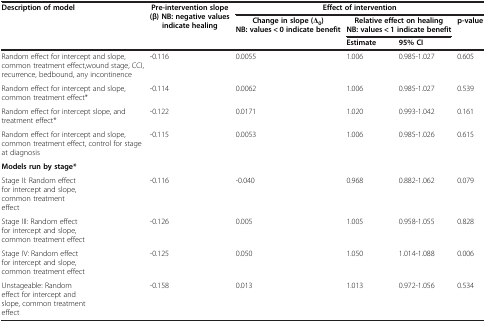
<table><thead><tr><td><b>Description of model</b></td><td><b>Pre-intervention slope (β) NB: negative values indicate healing</b></td><td colspan="4"><b>Effect of intervention</b></td></tr><tr><td><b> </b></td><td><b> </b></td><td><b>Change in slope (Δ<sub>0</sub>) NB: values &lt; 0 indicate benefit</b></td><td colspan="2"><b>Relative effect on healing NB: values &lt; 1 indicate benefit</b></td><td><b>p-value</b></td></tr><tr><td><b> </b></td><td><b> </b></td><td><b> </b></td><td><b>Estimate</b></td><td><b>95% CI</b></td><td><b> </b></td></tr></thead><tbody><tr><td>Random effect for intercept and slope, common treatment effect,wound stage, CCI, recurrence, bedbound, any incontinence</td><td>-0.116</td><td>0.0055</td><td>1.006</td><td>0.985-1.027</td><td>0.605</td></tr><tr><td>Random effect for intercept and slope, common treatment effect*</td><td>-0.114</td><td>0.0062</td><td>1.006</td><td>0.985-1.027</td><td>0.539</td></tr><tr><td>Random effect for intercept slope, and treatment effect*</td><td>-0.122</td><td>0.0171</td><td>1.020</td><td>0.993-1.042</td><td>0.161</td></tr><tr><td>Random effect for intercept and slope, common treatment effect, control for stage at diagnosis</td><td>-0.115</td><td>0.0053</td><td>1.006</td><td>0.985-1.026</td><td>0.615</td></tr><tr><td><b>Models run by stage*</b></td><td> </td><td> </td><td> </td><td> </td><td> </td></tr><tr><td>Stage II: Random effect for intercept and slope, common treatment effect</td><td>-0.116</td><td>-0.040</td><td>0.968</td><td>0.882-1.062</td><td>0.079</td></tr><tr><td>Stage III: Random effect for intercept and slope, common treatment effect</td><td>-0.126</td><td>0.005</td><td>1.005</td><td>0.958-1.055</td><td>0.828</td></tr><tr><td>Stage IV: Random effect for intercept and slope, common treatment effect</td><td>-0.125</td><td>0.050</td><td>1.050</td><td>1.014-1.088</td><td>0.006</td></tr><tr><td>Unstageable: Random effect for intercept and slope, common treatment effect</td><td>-0.158</td><td>0.013</td><td>1.013</td><td>0.972-1.056</td><td>0.534</td></tr></tbody></table>